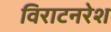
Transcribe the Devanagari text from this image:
विराटनरेश